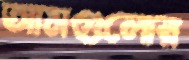
আমগুলোর